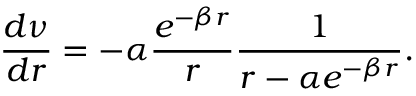
\frac { d \nu } { d r } = - \alpha \frac { e ^ { - \beta r } } { r } \frac { 1 } { r - \alpha e ^ { - \beta r } } .